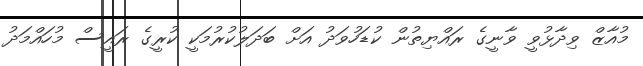
މުއާޒް ވިދާޅުވީ ވާނީގެ ރައްޔިތުން ކުޑަހުވަދު އަށް ބަދަލުކުރުމަކީ ކުރީގެ ރައީސް މުހައްމަދު